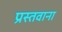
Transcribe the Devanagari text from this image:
प्रस्तवाना